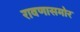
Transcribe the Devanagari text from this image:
रावणासमोर